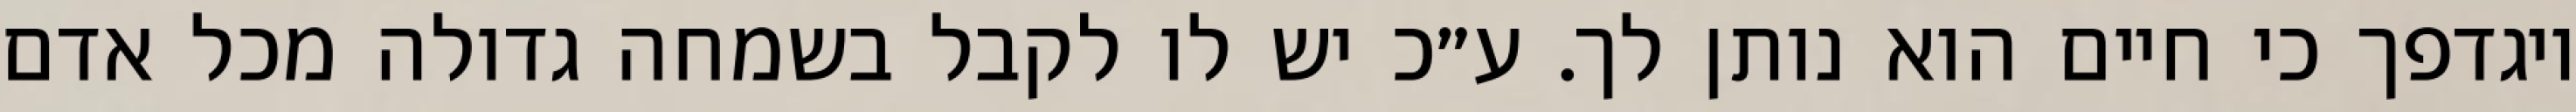
ויגדפך כי חיים הוא נותן לך. ע״כ יש לו לקבל בשמחה גדולה מכל אדם